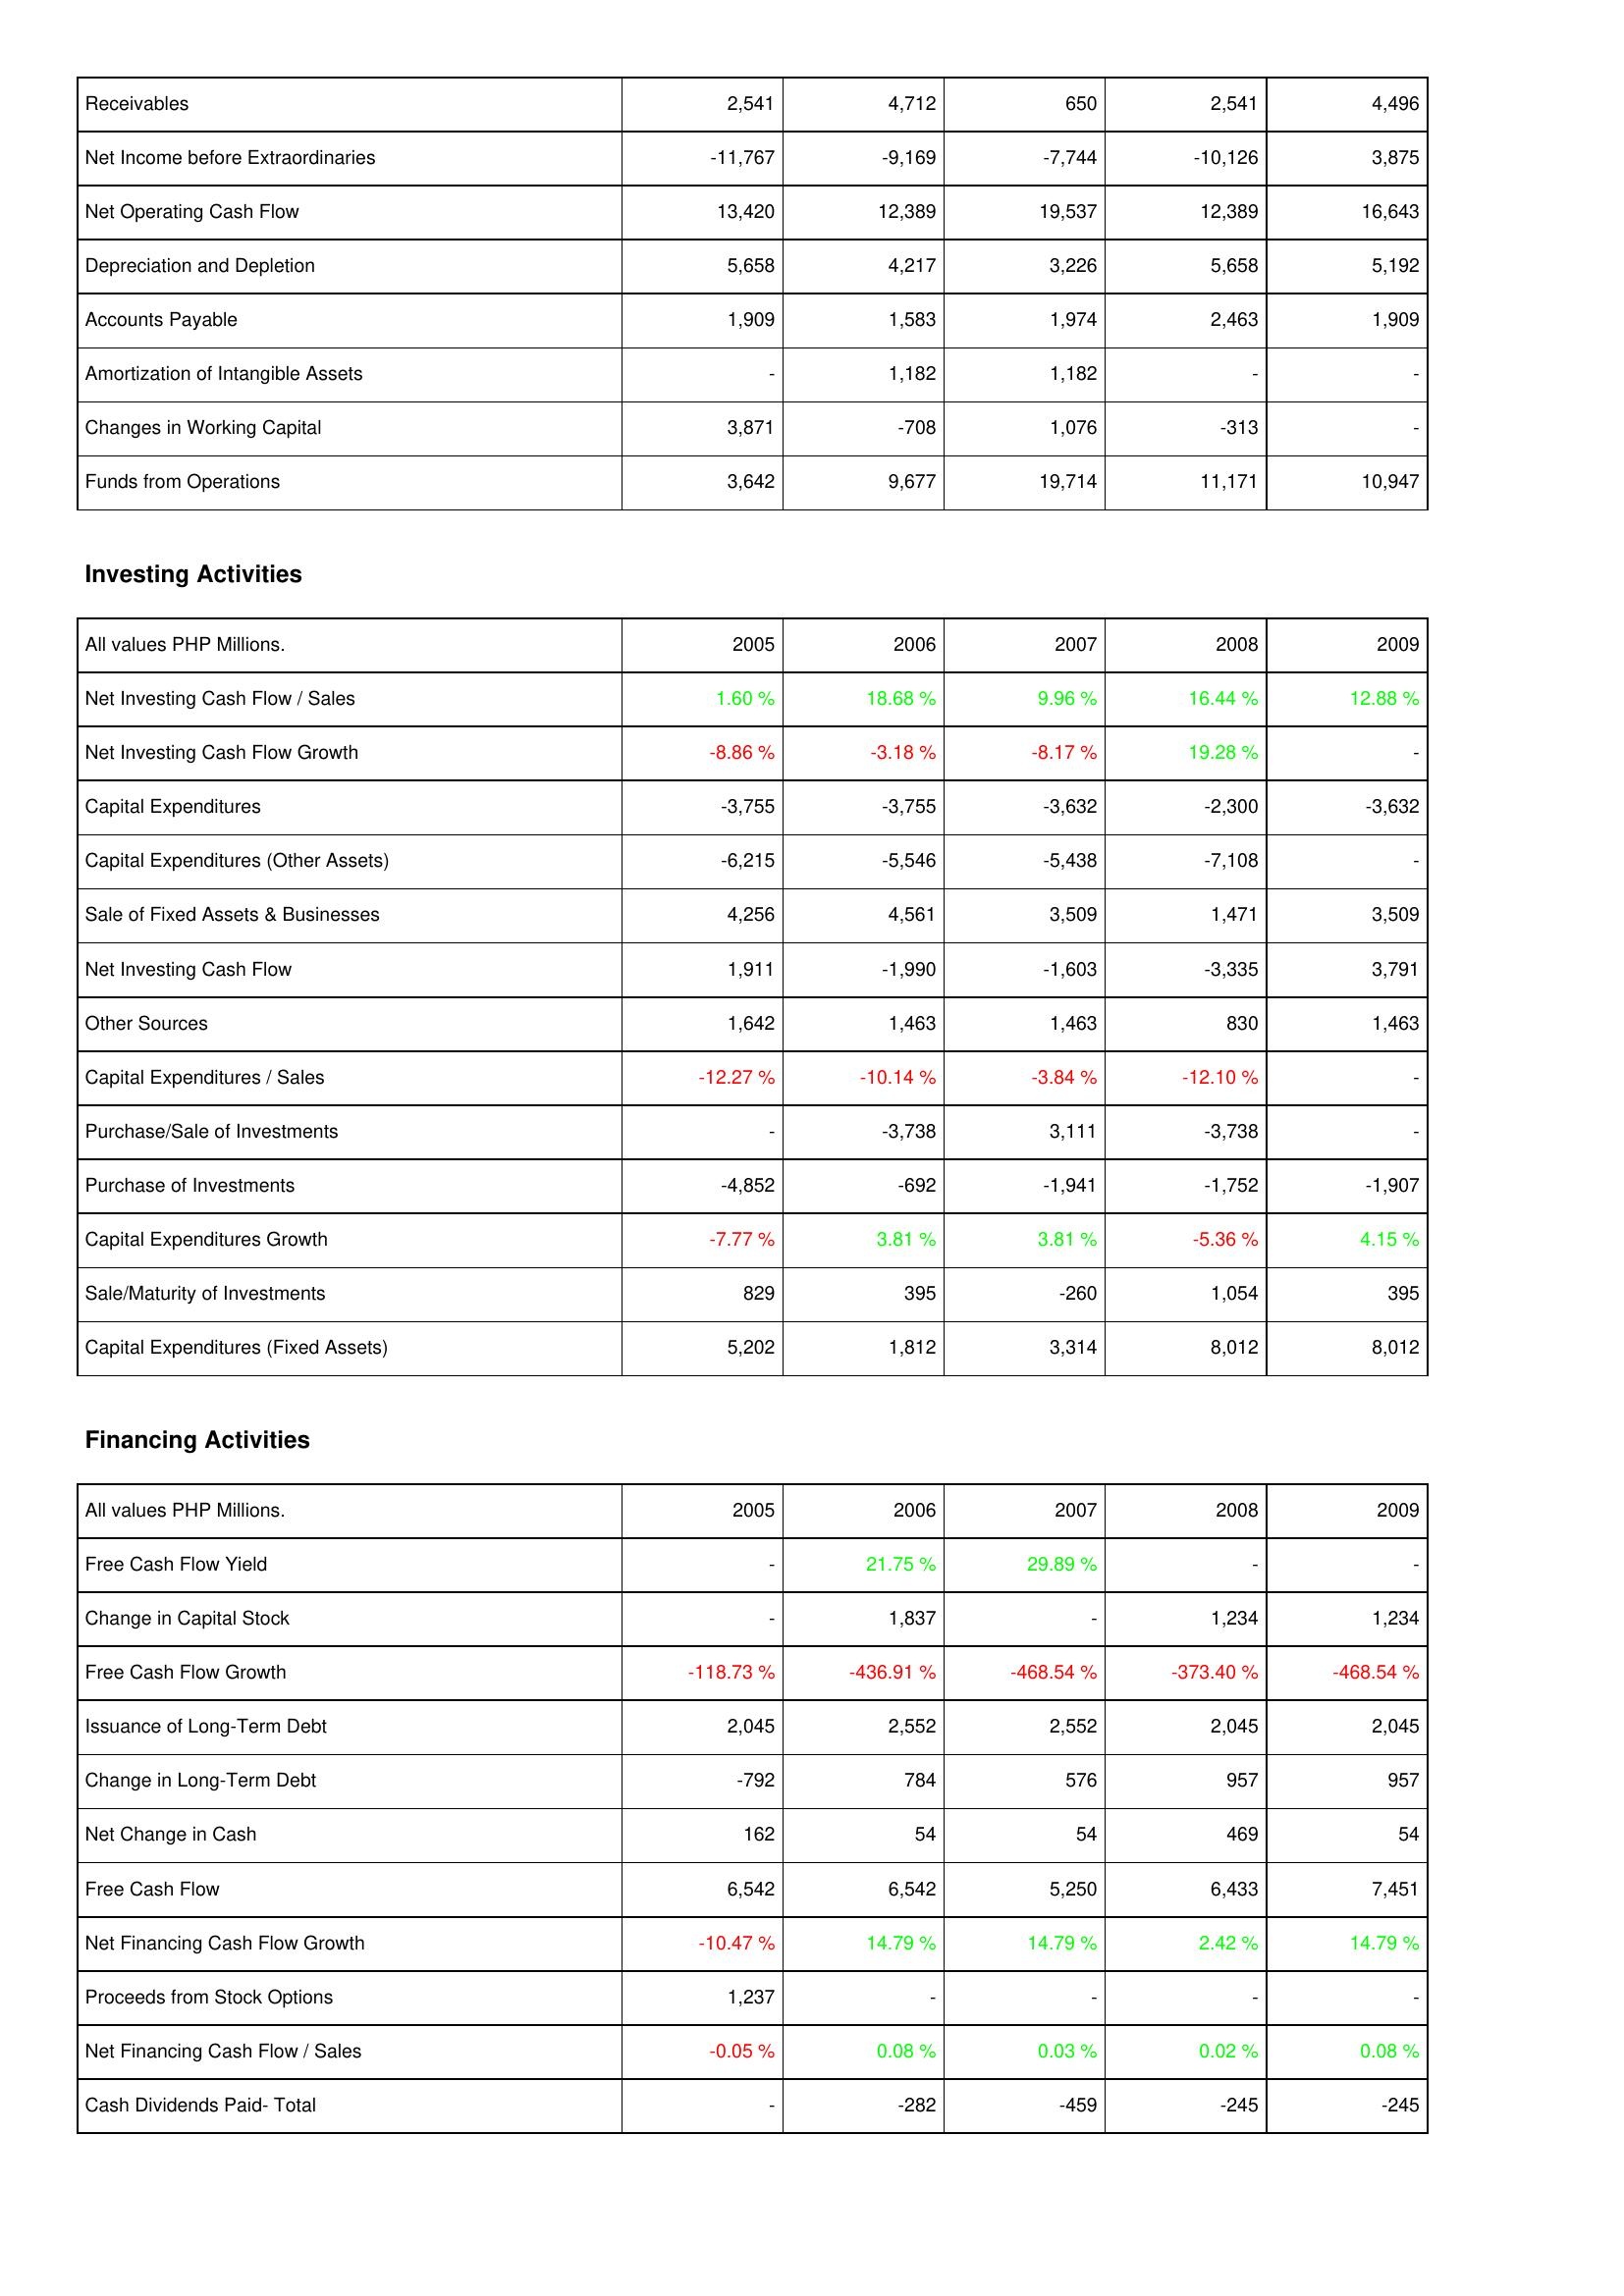
2005: Operating Activities: Receivables: 2,541
Net Income before Extraordinaries: -11,767
Net Operating Cash Flow: 13,420
Depreciation and Depletion: 5,658
Accounts Payable: 1,909
Amortization of Intangible Assets: -
Changes in Working Capital: 3,871
Funds from Operations: 3,642
Investing Activities: Net Investing Cash Flow / Sales: 1.60 %
Net Investing Cash Flow Growth: -8.86 %
Capital Expenditures: -3,755
Capital Expenditures (Other Assets): -6,215
Sale of Fixed Assets & Businesses: 4,256
Net Investing Cash Flow: 1,911
Other Sources: 1,642
Capital Expenditures / Sales: -12.27 %
Purchase/Sale of Investments: -
Purchase of Investments: -4,852
Capital Expenditures Growth: -7.77 %
Sale/Maturity of Investments: 829
Capital Expenditures (Fixed Assets): 5,202
Financing Activities: Free Cash Flow Yield: -
Change in Capital Stock: -
Free Cash Flow Growth: -118.73 %
Issuance of Long-Term Debt: 2,045
Change in Long-Term Debt: -792
Net Change in Cash: 162
Free Cash Flow: 6,542
Net Financing Cash Flow Growth: -10.47 %
Proceeds from Stock Options: 1,237
Net Financing Cash Flow / Sales: -0.05 %
Cash Dividends Paid- Total: -
2006: Operating Activities: Receivables: 4,712
Net Income before Extraordinaries: -9,169
Net Operating Cash Flow: 12,389
Depreciation and Depletion: 4,217
Accounts Payable: 1,583
Amortization of Intangible Assets: 1,182
Changes in Working Capital: -708
Funds from Operations: 9,677
Investing Activities: Net Investing Cash Flow / Sales: 18.68 %
Net Investing Cash Flow Growth: -3.18 %
Capital Expenditures: -3,755
Capital Expenditures (Other Assets): -5,546
Sale of Fixed Assets & Businesses: 4,561
Net Investing Cash Flow: -1,990
Other Sources: 1,463
Capital Expenditures / Sales: -10.14 %
Purchase/Sale of Investments: -3,738
Purchase of Investments: -692
Capital Expenditures Growth: 3.81 %
Sale/Maturity of Investments: 395
Capital Expenditures (Fixed Assets): 1,812
Financing Activities: Free Cash Flow Yield: 21.75 %
Change in Capital Stock: 1,837
Free Cash Flow Growth: -436.91 %
Issuance of Long-Term Debt: 2,552
Change in Long-Term Debt: 784
Net Change in Cash: 54
Free Cash Flow: 6,542
Net Financing Cash Flow Growth: 14.79 %
Proceeds from Stock Options: -
Net Financing Cash Flow / Sales: 0.08 %
Cash Dividends Paid- Total: -282
2007: Operating Activities: Receivables: 650
Net Income before Extraordinaries: -7,744
Net Operating Cash Flow: 19,537
Depreciation and Depletion: 3,226
Accounts Payable: 1,974
Amortization of Intangible Assets: 1,182
Changes in Working Capital: 1,076
Funds from Operations: 19,714
Investing Activities: Net Investing Cash Flow / Sales: 9.96 %
Net Investing Cash Flow Growth: -8.17 %
Capital Expenditures: -3,632
Capital Expenditures (Other Assets): -5,438
Sale of Fixed Assets & Businesses: 3,509
Net Investing Cash Flow: -1,603
Other Sources: 1,463
Capital Expenditures / Sales: -3.84 %
Purchase/Sale of Investments: 3,111
Purchase of Investments: -1,941
Capital Expenditures Growth: 3.81 %
Sale/Maturity of Investments: -260
Capital Expenditures (Fixed Assets): 3,314
Financing Activities: Free Cash Flow Yield: 29.89 %
Change in Capital Stock: -
Free Cash Flow Growth: -468.54 %
Issuance of Long-Term Debt: 2,552
Change in Long-Term Debt: 576
Net Change in Cash: 54
Free Cash Flow: 5,250
Net Financing Cash Flow Growth: 14.79 %
Proceeds from Stock Options: -
Net Financing Cash Flow / Sales: 0.03 %
Cash Dividends Paid- Total: -459
2008: Operating Activities: Receivables: 2,541
Net Income before Extraordinaries: -10,126
Net Operating Cash Flow: 12,389
Depreciation and Depletion: 5,658
Accounts Payable: 2,463
Amortization of Intangible Assets: -
Changes in Working Capital: -313
Funds from Operations: 11,171
Investing Activities: Net Investing Cash Flow / Sales: 16.44 %
Net Investing Cash Flow Growth: 19.28 %
Capital Expenditures: -2,300
Capital Expenditures (Other Assets): -7,108
Sale of Fixed Assets & Businesses: 1,471
Net Investing Cash Flow: -3,335
Other Sources: 830
Capital Expenditures / Sales: -12.10 %
Purchase/Sale of Investments: -3,738
Purchase of Investments: -1,752
Capital Expenditures Growth: -5.36 %
Sale/Maturity of Investments: 1,054
Capital Expenditures (Fixed Assets): 8,012
Financing Activities: Free Cash Flow Yield: -
Change in Capital Stock: 1,234
Free Cash Flow Growth: -373.40 %
Issuance of Long-Term Debt: 2,045
Change in Long-Term Debt: 957
Net Change in Cash: 469
Free Cash Flow: 6,433
Net Financing Cash Flow Growth: 2.42 %
Proceeds from Stock Options: -
Net Financing Cash Flow / Sales: 0.02 %
Cash Dividends Paid- Total: -245
2009: Operating Activities: Receivables: 4,496
Net Income before Extraordinaries: 3,875
Net Operating Cash Flow: 16,643
Depreciation and Depletion: 5,192
Accounts Payable: 1,909
Amortization of Intangible Assets: -
Changes in Working Capital: -
Funds from Operations: 10,947
Investing Activities: Net Investing Cash Flow / Sales: 12.88 %
Net Investing Cash Flow Growth: -
Capital Expenditures: -3,632
Capital Expenditures (Other Assets): -
Sale of Fixed Assets & Businesses: 3,509
Net Investing Cash Flow: 3,791
Other Sources: 1,463
Capital Expenditures / Sales: -
Purchase/Sale of Investments: -
Purchase of Investments: -1,907
Capital Expenditures Growth: 4.15 %
Sale/Maturity of Investments: 395
Capital Expenditures (Fixed Assets): 8,012
Financing Activities: Free Cash Flow Yield: -
Change in Capital Stock: 1,234
Free Cash Flow Growth: -468.54 %
Issuance of Long-Term Debt: 2,045
Change in Long-Term Debt: 957
Net Change in Cash: 54
Free Cash Flow: 7,451
Net Financing Cash Flow Growth: 14.79 %
Proceeds from Stock Options: -
Net Financing Cash Flow / Sales: 0.08 %
Cash Dividends Paid- Total: -245